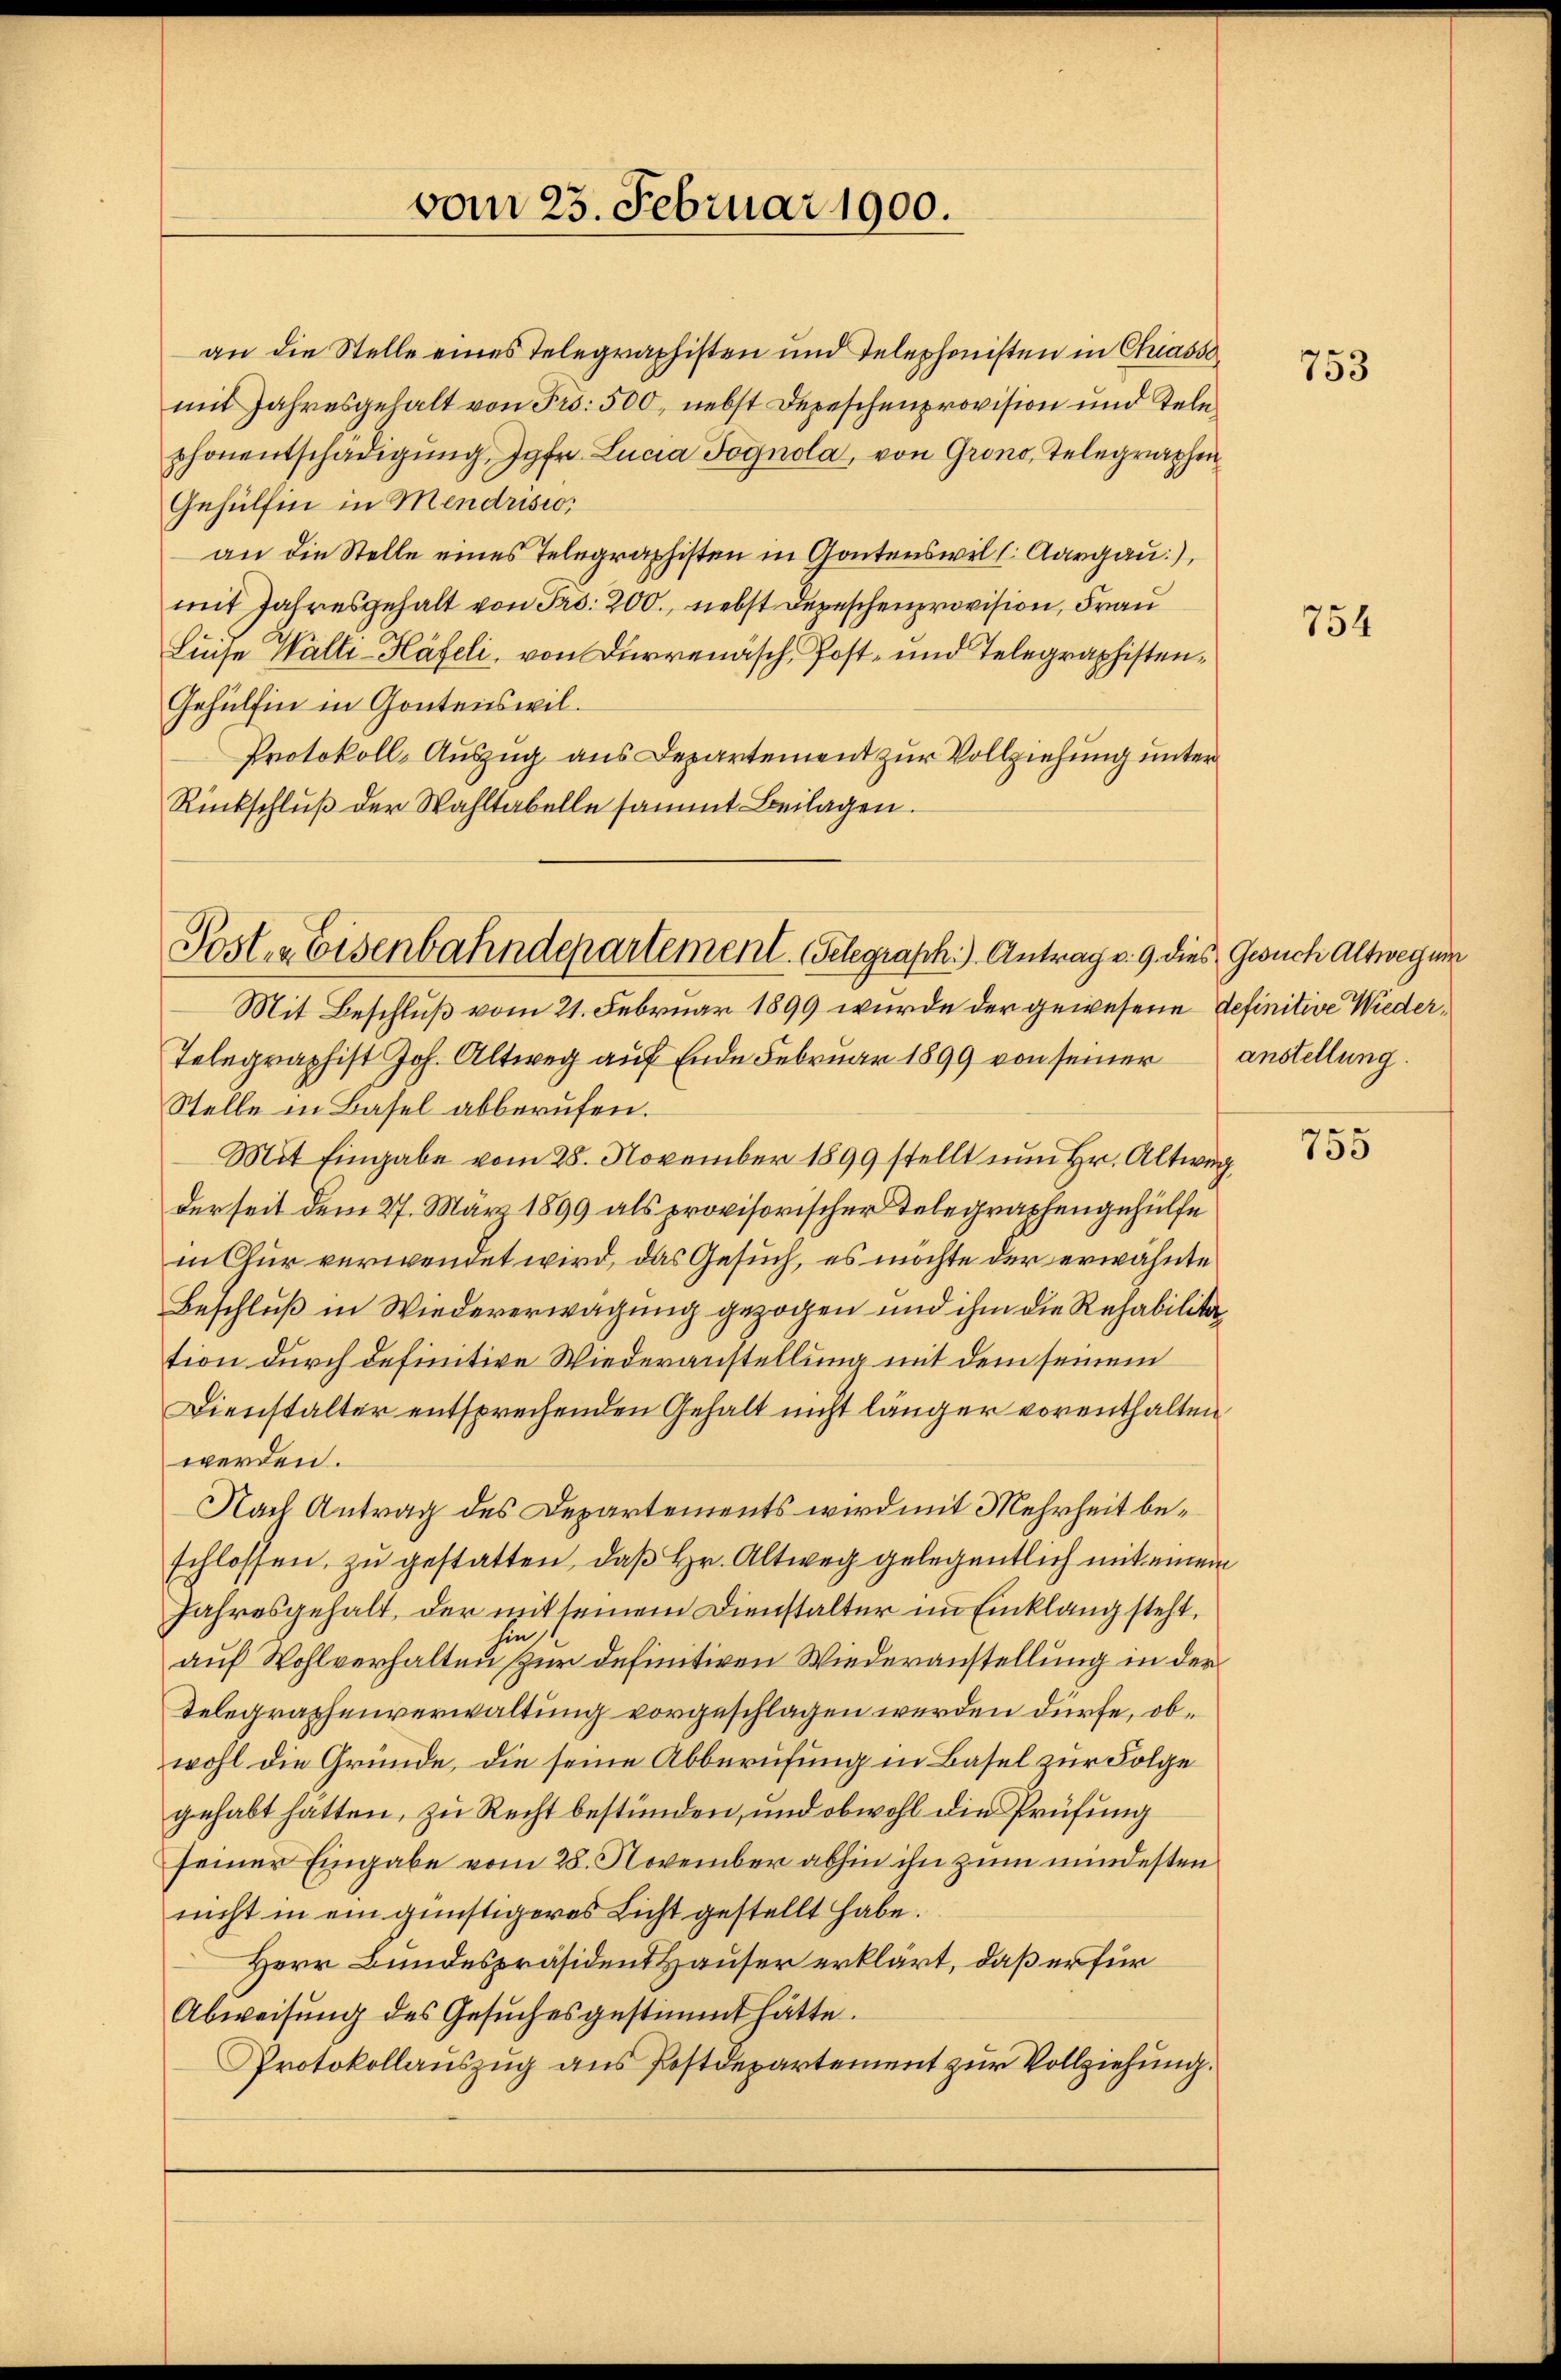
vom 25. Februar 1900.

an die Stelle eines Telegraphisten und Telephonisten in Chiasso
mit Jahresgehalt von Frs. 500, nebst Depeschenprovision und Tele
phonentschädigŭng. Jgfr. Lucia Fognola, von Grono, Telegraphen
Gehülfen in Mendrisio
an die Stelle eines Telegraphisten in Gontenswill. Aargau),
mit Jahresgehalt von Fr. 200., nebst Depeschenprovision, Frau
Luise Walte-Häfeli, von Dürrenäsch, Post- und Telegraphisten¬
Gehülfen in Gontenswil¬
Protokoll-Auszug aus Departement zur Vollziehung unter
Rückschluß der Wahltabelle sammt Beilagen.

Posten Eisenbahndepartement. Gelegraph.) Antrag v. 9. dies Gesuch Altwegung

Mit Beschluß vom 21. Februar 1899 wurde der gewesene definitive Wieder¬
Telegraphist Joh. Altweg auf Ende Februar 1899 von seiner
Stelle in Basel abberufen.
Mit Eingabe vom 28. November 1899 stellt nun Hr. Altweg
derseit dem 27. März 1899 als provisorischer Telegraphengehülfe
in Chur verwendet wird, das Gesuch, es möchte der erwähnte
Beschluß in Wiedererwägung gezogen und ihm die Rehabilitation durch definitive Wiederanstellung mit dem seinem
Dienstalter entsprechenden Gehalt nicht länger vorenthalten
werden.
Nach Antrag des Departements wird mit Mehrheit beschlossen, zu gestatten, daß Hr. Altweg gelegentlich mit einem
Jahresgehalt, der mit seinem Dienstalter im Einklang steht.
hin
auf Wohlverhalten zur definitiven Wiederanstellung in der
Telegraphenverwaltung vorgeschlagen werden dürfe, obwohl die Gründe, die seine Abberufung in Basel zur Folge
gehabt hätten, zu Recht bestünden, und obwohl die Prüfung
seiner Eingabe vom 28. November abhin ihn zum mindesten
nicht in ein günstigeres Licht gestellt habe.
Herr Bundespräsident Hauser erklärt, daß er für
Abweisung des Gesuches gestimmt hätte.
Protokollauszug aus Postdepartement zur Vollziehung.

753

754

anstellung.

750